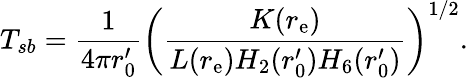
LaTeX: T_{sb}={\frac{1}{4\pi r_{0}^{\prime}}}\left({\frac{K(r_{\mathrm{e}})}{L(r_{\mathrm{e}})H_{2}(r_{0}^{\prime})H_{6}(r_{0}^{\prime})}}\right)^{1/2}.